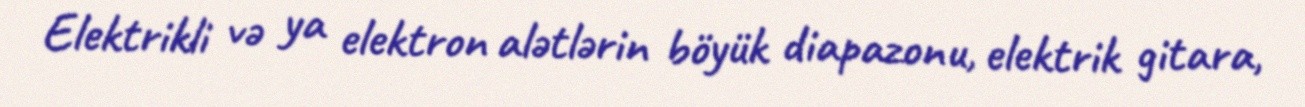
Elektrikli və ya elektron alətlərin böyük diapazonu, elektrik gitara,